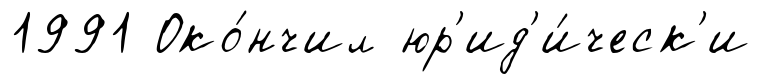
1991 Око́нчил юр'ид'и́ческ'и